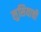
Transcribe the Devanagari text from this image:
लुसियाची